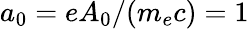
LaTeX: a_{0}=eA_{0}/(m_{e}c)=1